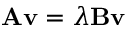
\mathbf { A } \mathbf { v } = \lambda \mathbf { B } \mathbf { v }